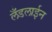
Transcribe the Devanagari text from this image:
लँडलाईन